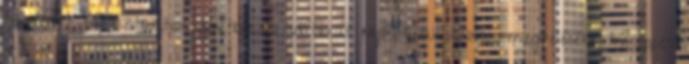
szerzett tapasztalatok igen becses adatokat nyújtanak annak megítélésére, miképpen